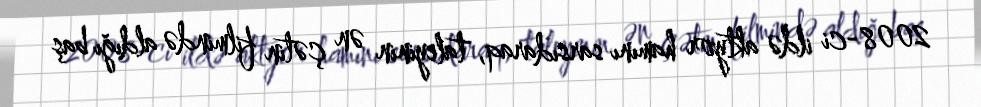
2008-ci ildə aktyor hamını sarsıdaraq, taleyinin ən çətin filmində aldığı baş